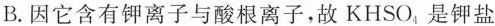
B.因它含有钾离子与酸根离子，故KHSO_{4}是钾盐